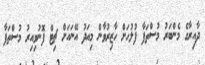
ދާއިރާގެ މެންބަރު މުސްތަފާ ފުލުހަށް ހާޒިރުވާން މިއަދު އޭނައަށް ޗިޓް ފޮނުވިއިރު މުސްތަފާ